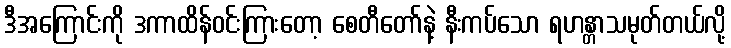
ဒီအကြောင်းကို ဒကာထိန်ဝင်းကြားတော့ စေတီတော်နဲ့ နီးကပ်သော ရဟန္တာသမုတ်တယ်လို့